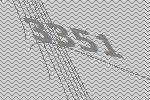
3351